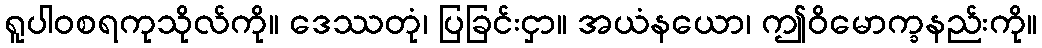
ရူပါဝစရကုသိုလ်ကို။ ဒေဿတုံ၊ ပြခြင်းငှာ။ အယံနယော၊ ဤဝိမောက္ခနည်းကို။